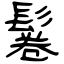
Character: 鬈